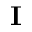
\textbf { I }